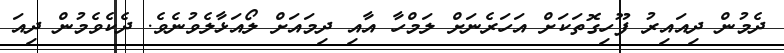
ދެމުން ދިއައިރު ފޫހިގޮތަކަށް އަހަރެނަށް ލަމްހާ އާއި ދިމައަށް ލޯއަޅާލެވުނެވެ. ދެކެވެމުން ދިއަ